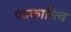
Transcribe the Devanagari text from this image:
पत्रकारित्व